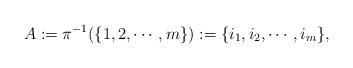
LaTeX: \begin{align*}A:=\pi^{-1}(\{1,2,\cdots,m\}):=\{i_1,i_2,\cdots,i_m\},\end{align*}